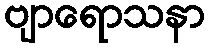
ဗျာရောသနာ